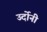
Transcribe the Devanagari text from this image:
उर्दोनी